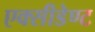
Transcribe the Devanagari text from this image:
एक्सीडेण्ट